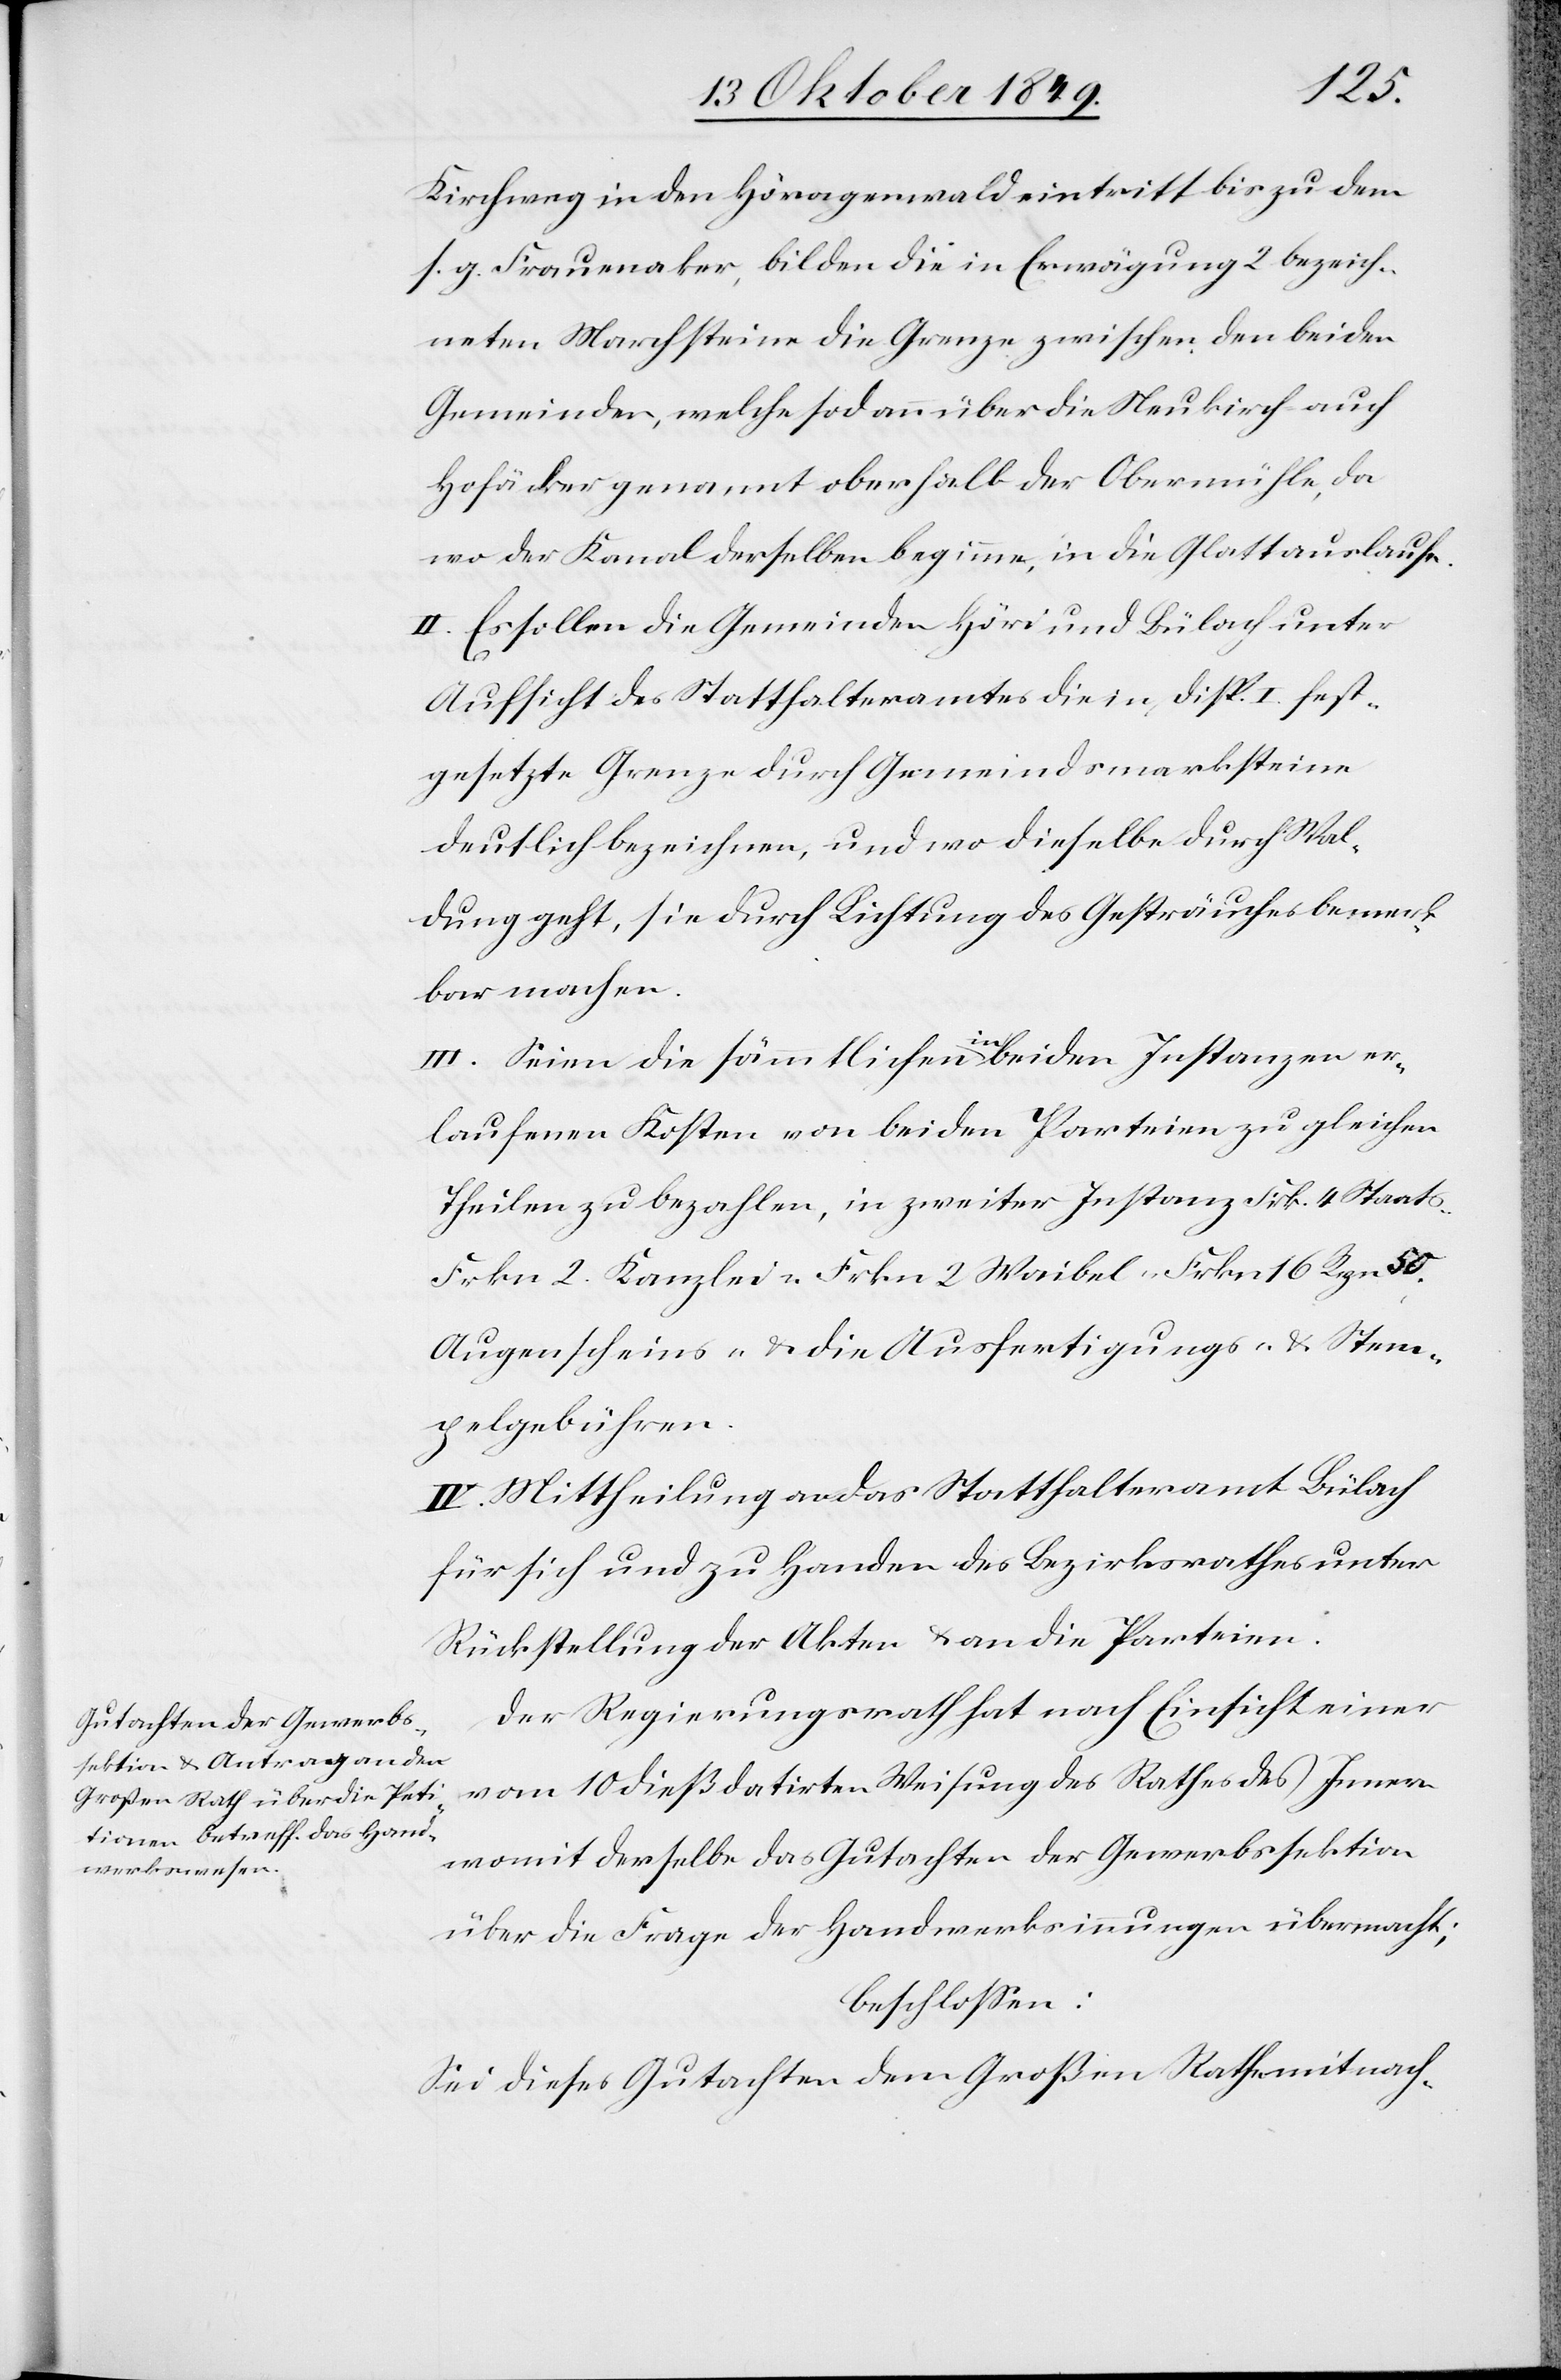
Kirchweg in den Höragenwald eintritt bis zu dem
s. g. Frauenaker, bilden die in Erwägung 2 bezeich¬
neten Marchsteine die Grenze zwischen den beiden
Gemeinden, welches sodann über die Neukirch auch
Hofäcker genannt oberhalb der Obermühle, da
wo der Kanal derselben beginne, in die Glatt auslaufe.
II. Es sollen die Gemeinden Höri und Bülach unter
Aufsicht des Statthalteramtes die in Disp. I fest¬
gesetzte Grenz durch Gemeindsmarksteine
deutlich bezeichnen, und wo dieselbe durch Wal¬
dung geht, sie durch Lichtung des Gesträuches bemerk¬
bar machen.
III. Seien die sämmtlichen in beiden Instanzen er¬
laufenen Kosten von beiden Parteien zu gleichen
Theilen zu bezahlen, in zweiter Instanz Frk. 4 Staats-
Frkn. 2. Kanzlei u. Frkn. 2 Waibel- Frkn. 16 Rpn. 50
Augenscheins- u. die Ausfertigungs- u. Stem¬
pelgebühren.
IV. Mittheilung an das Statthalteramt Bülach
für sich und zu Handen des Bezirksrathes unter
Rückstellung der Akten u. an die Parteien.
Der Regierungsrath hat nach Einsicht einer
vom 10 dieß datirten Weisung des Rathes des Innern
womit derselbe das Gutachten der Gewerbssektion
über die Frage der Handwerksinnungen übermacht;
beschloßen:
Sei dieses Gutachten dem Großen Rathe nach-